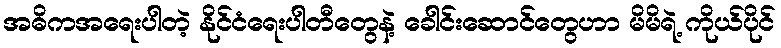
အဓိကအရေးပါတဲ့ နိုင်ငံရေးပါတီတွေနဲ့ ခေါင်းဆောင်တွေဟာ မိမိရဲ့ ကိုယ်ပိုင်